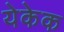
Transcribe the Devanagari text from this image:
येकेक